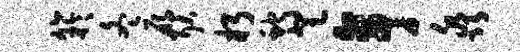
竽冬雁耿朽蛇登亭淼